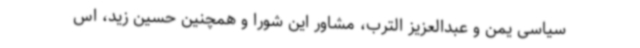
سیاسی یمن و عبدالعزیز الترب، مشاور این شورا و همچنین حسین زید، اس